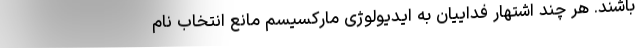
باشند. هر چند اشتهار فداییان به ایدیولوژی مارکسیسم مانع انتخاب نام